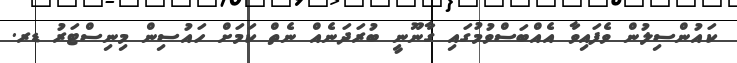
ކައުންސިލުން ވެފައިވާ އެއްބަސްވުމުގައި ގާނޫނީ ބުރަދަނެއް ނެތް ކަމަށް ހައުސިން މިނިސްޓަރު ޑރ.